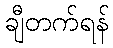
ချီတက်ရန်